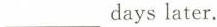
___days later.